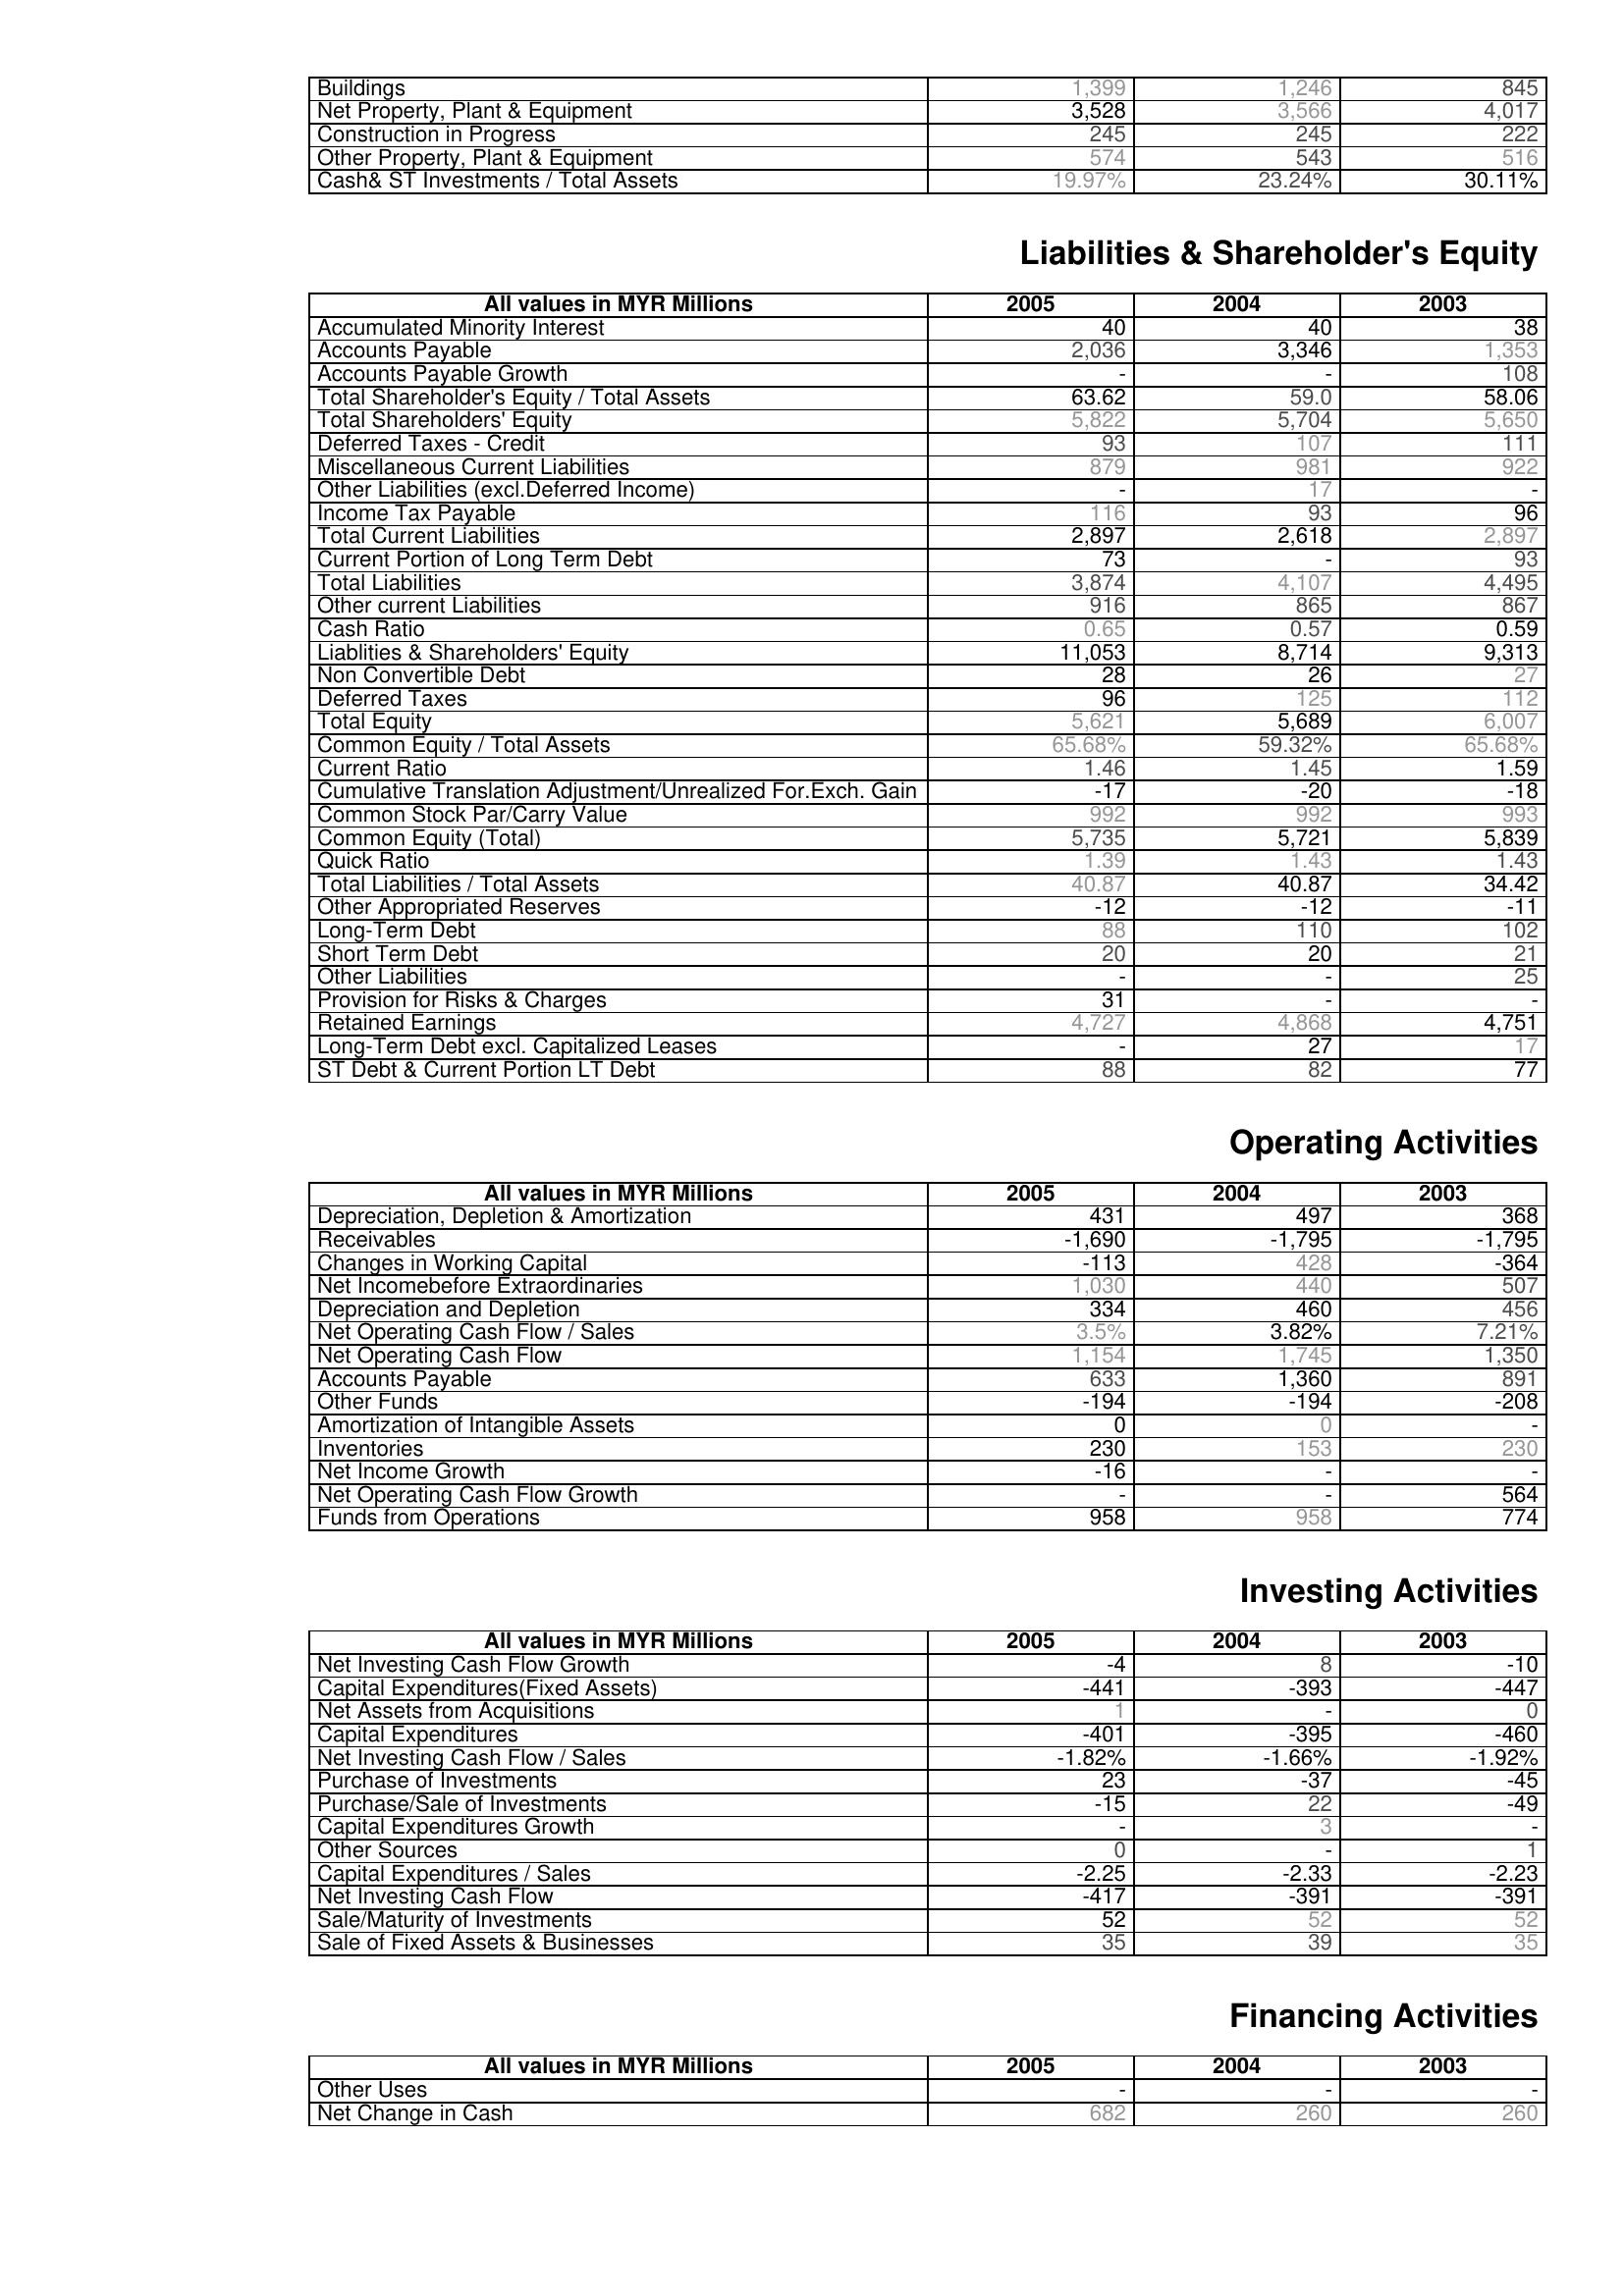
2005: Assets: Buildings: 1,399
Net Property, Plant & Equipment: 3,528
Construction in Progress: 245
Other Property, Plant & Equipment: 574
Cash& ST Investments / Total Assets: 19.97%
Liabilities & Shareholder's Equity: Accumulated Minority Interest: 40
Accounts Payable: 2,036
Accounts Payable Growth: -
Total Shareholder's Equity / Total Assets: 63.62
Total Shareholders' Equity: 5,822
Deferred Taxes - Credit: 93
Miscellaneous Current Liabilities: 879
Other Liabilities (excl.Deferred Income): -
Income Tax Payable: 116
Total Current Liabilities: 2,897
Current Portion of Long Term Debt: 73
Total Liabilities: 3,874
Other current Liabilities: 916
Cash Ratio: 0.65
Liablities & Shareholders' Equity: 11,053
Non Convertible Debt: 28
Deferred Taxes: 96
Total Equity: 5,621
Common Equity / Total Assets: 65.68%
Current Ratio: 1.46
Cumulative Translation Adjustment/Unrealized For.Exch. Gain: -17
Common Stock Par/Carry Value: 992
Common Equity (Total): 5,735
Quick Ratio: 1.39
Total Liabilities / Total Assets: 40.87
Other Appropriated Reserves: -12
Long-Term Debt: 88
Short Term Debt: 20
Other Liabilities: -
Provision for Risks & Charges: 31
Retained Earnings: 4,727
Long-Term Debt excl. Capitalized Leases: -
ST Debt & Current Portion LT Debt: 88
Operating Activities: Depreciation, Depletion & Amortization: 431
Receivables: -1,690
Changes in Working Capital: -113
Net Incomebefore Extraordinaries: 1,030
Depreciation and Depletion: 334
Net Operating Cash Flow / Sales: 3.5%
Net Operating Cash Flow: 1,154
Accounts Payable: 633
Other Funds: -194
Amortization of Intangible Assets: 0
Inventories: 230
Net Income Growth: -16
Net Operating Cash Flow Growth: -
Funds from Operations: 958
Investing Activities: Net Investing Cash Flow Growth: -4
Capital Expenditures(Fixed Assets): -441
Net Assets from Acquisitions: 1
Capital Expenditures: -401
Net Investing Cash Flow / Sales: -1.82%
Purchase of Investments: 23
Purchase/Sale of Investments: -15
Capital Expenditures Growth: -
Other Sources: 0
Capital Expenditures / Sales: -2.25
Net Investing Cash Flow: -417
Sale/Maturity of Investments: 52
Sale of Fixed Assets & Businesses: 35
Financing Activities: Other Uses: -
Net Change in Cash: 682
2004: Assets: Buildings: 1,246
Net Property, Plant & Equipment: 3,566
Construction in Progress: 245
Other Property, Plant & Equipment: 543
Cash& ST Investments / Total Assets: 23.24%
Liabilities & Shareholder's Equity: Accumulated Minority Interest: 40
Accounts Payable: 3,346
Accounts Payable Growth: -
Total Shareholder's Equity / Total Assets: 59.0
Total Shareholders' Equity: 5,704
Deferred Taxes - Credit: 107
Miscellaneous Current Liabilities: 981
Other Liabilities (excl.Deferred Income): 17
Income Tax Payable: 93
Total Current Liabilities: 2,618
Current Portion of Long Term Debt: -
Total Liabilities: 4,107
Other current Liabilities: 865
Cash Ratio: 0.57
Liablities & Shareholders' Equity: 8,714
Non Convertible Debt: 26
Deferred Taxes: 125
Total Equity: 5,689
Common Equity / Total Assets: 59.32%
Current Ratio: 1.45
Cumulative Translation Adjustment/Unrealized For.Exch. Gain: -20
Common Stock Par/Carry Value: 992
Common Equity (Total): 5,721
Quick Ratio: 1.43
Total Liabilities / Total Assets: 40.87
Other Appropriated Reserves: -12
Long-Term Debt: 110
Short Term Debt: 20
Other Liabilities: -
Provision for Risks & Charges: -
Retained Earnings: 4,868
Long-Term Debt excl. Capitalized Leases: 27
ST Debt & Current Portion LT Debt: 82
Operating Activities: Depreciation, Depletion & Amortization: 497
Receivables: -1,795
Changes in Working Capital: 428
Net Incomebefore Extraordinaries: 440
Depreciation and Depletion: 460
Net Operating Cash Flow / Sales: 3.82%
Net Operating Cash Flow: 1,745
Accounts Payable: 1,360
Other Funds: -194
Amortization of Intangible Assets: 0
Inventories: 153
Net Income Growth: -
Net Operating Cash Flow Growth: -
Funds from Operations: 958
Investing Activities: Net Investing Cash Flow Growth: 8
Capital Expenditures(Fixed Assets): -393
Net Assets from Acquisitions: -
Capital Expenditures: -395
Net Investing Cash Flow / Sales: -1.66%
Purchase of Investments: -37
Purchase/Sale of Investments: 22
Capital Expenditures Growth: 3
Other Sources: -
Capital Expenditures / Sales: -2.33
Net Investing Cash Flow: -391
Sale/Maturity of Investments: 52
Sale of Fixed Assets & Businesses: 39
Financing Activities: Other Uses: -
Net Change in Cash: 260
2003: Assets: Buildings: 845
Net Property, Plant & Equipment: 4,017
Construction in Progress: 222
Other Property, Plant & Equipment: 516
Cash& ST Investments / Total Assets: 30.11%
Liabilities & Shareholder's Equity: Accumulated Minority Interest: 38
Accounts Payable: 1,353
Accounts Payable Growth: 108
Total Shareholder's Equity / Total Assets: 58.06
Total Shareholders' Equity: 5,650
Deferred Taxes - Credit: 111
Miscellaneous Current Liabilities: 922
Other Liabilities (excl.Deferred Income): -
Income Tax Payable: 96
Total Current Liabilities: 2,897
Current Portion of Long Term Debt: 93
Total Liabilities: 4,495
Other current Liabilities: 867
Cash Ratio: 0.59
Liablities & Shareholders' Equity: 9,313
Non Convertible Debt: 27
Deferred Taxes: 112
Total Equity: 6,007
Common Equity / Total Assets: 65.68%
Current Ratio: 1.59
Cumulative Translation Adjustment/Unrealized For.Exch. Gain: -18
Common Stock Par/Carry Value: 993
Common Equity (Total): 5,839
Quick Ratio: 1.43
Total Liabilities / Total Assets: 34.42
Other Appropriated Reserves: -11
Long-Term Debt: 102
Short Term Debt: 21
Other Liabilities: 25
Provision for Risks & Charges: -
Retained Earnings: 4,751
Long-Term Debt excl. Capitalized Leases: 17
ST Debt & Current Portion LT Debt: 77
Operating Activities: Depreciation, Depletion & Amortization: 368
Receivables: -1,795
Changes in Working Capital: -364
Net Incomebefore Extraordinaries: 507
Depreciation and Depletion: 456
Net Operating Cash Flow / Sales: 7.21%
Net Operating Cash Flow: 1,350
Accounts Payable: 891
Other Funds: -208
Amortization of Intangible Assets: -
Inventories: 230
Net Income Growth: -
Net Operating Cash Flow Growth: 564
Funds from Operations: 774
Investing Activities: Net Investing Cash Flow Growth: -10
Capital Expenditures(Fixed Assets): -447
Net Assets from Acquisitions: 0
Capital Expenditures: -460
Net Investing Cash Flow / Sales: -1.92%
Purchase of Investments: -45
Purchase/Sale of Investments: -49
Capital Expenditures Growth: -
Other Sources: 1
Capital Expenditures / Sales: -2.23
Net Investing Cash Flow: -391
Sale/Maturity of Investments: 52
Sale of Fixed Assets & Businesses: 35
Financing Activities: Other Uses: -
Net Change in Cash: 260